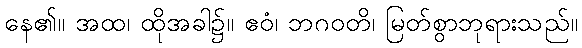
နေ၏။ အထ၊ ထိုအခါ၌။ ဧဝံ၊ ဘဂဝတိ၊ မြတ်စွာဘုရားသည်။